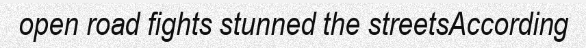
open road fights stunned the streetsAccording